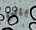
باني